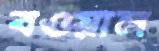
বওয়াল